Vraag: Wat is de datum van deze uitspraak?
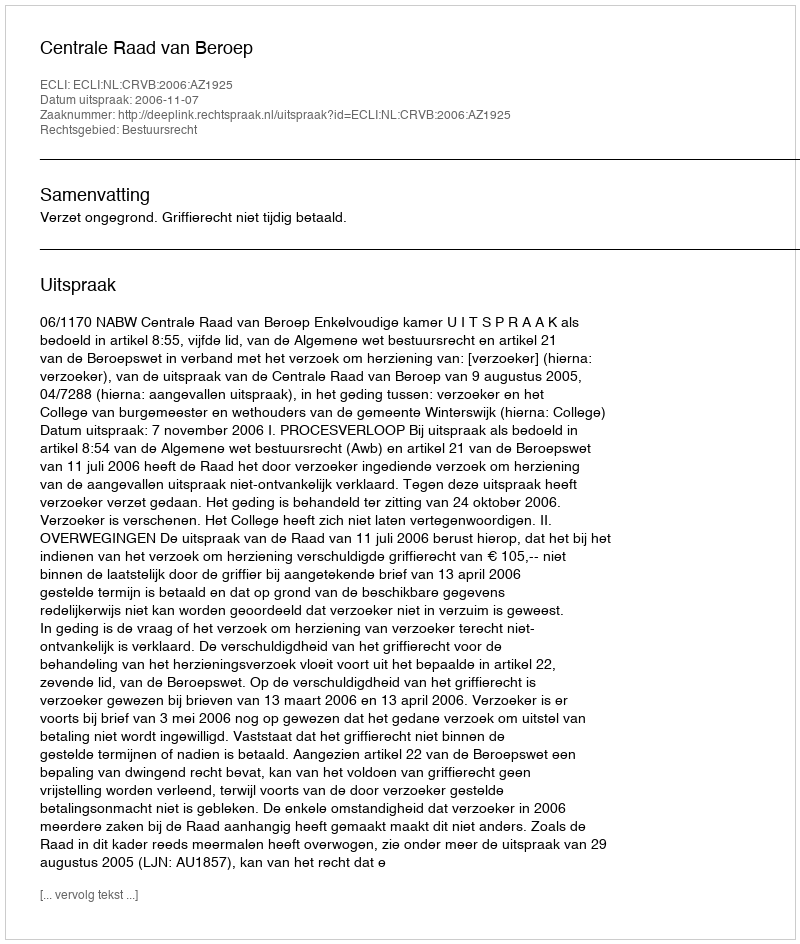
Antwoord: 2006-11-07